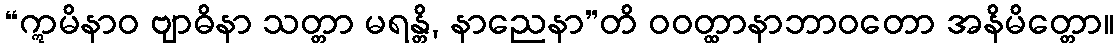
“ဣမိနာဝ ဗျာဓိနာ သတ္တာ မရန္တိ, နာညေနာ”တိ ဝဝတ္ထာနာဘာဝတော အနိမိတ္တော။